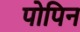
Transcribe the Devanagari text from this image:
पोपिन